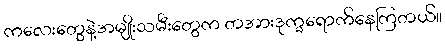
ကလေးတွေနဲ့အမျိုးသမီးတွေက တအားဒုက္ခရောက်နေကြတယ်။